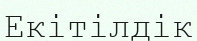
Екітілдік